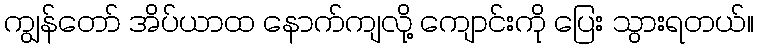
ကျွန်တော် အိပ်ယာထ နောက်ကျလို့ ကျောင်းကို ပြေး သွားရတယ်။